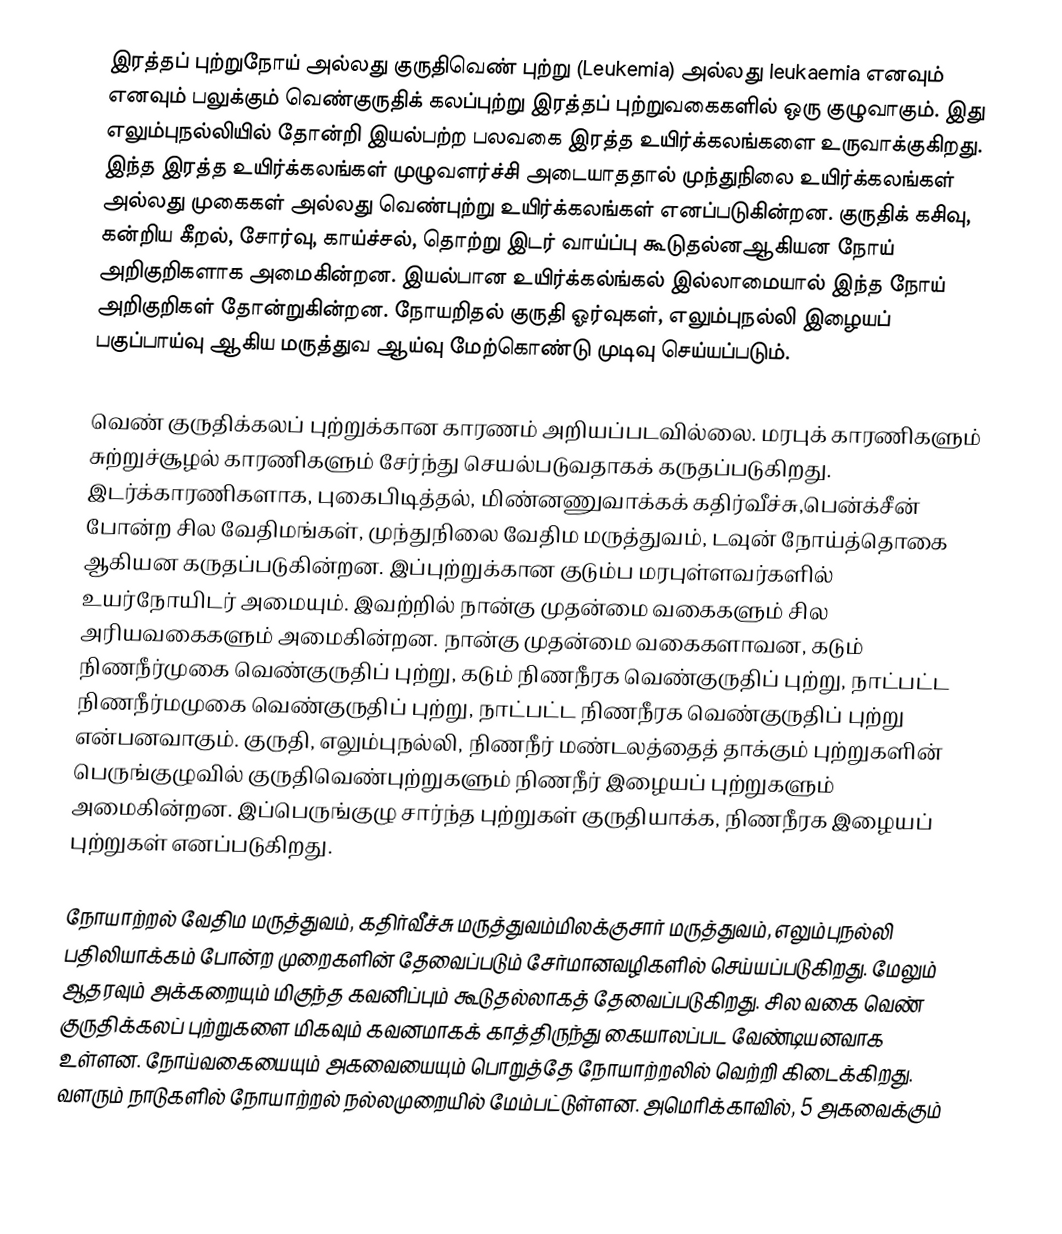
இரத்தப் புற்றுநோய் அல்லது குருதிவெண் புற்று (Leukemia) அல்லது leukaemia   எனவும்   எனவும் பலுக்கும் வெண்குருதிக் கலப்புற்று இரத்தப் புற்றுவகைகளில் ஒரு குழுவாகும்.  இது எலும்புநல்லியில் தோன்றி இயல்பற்ற பலவகை இரத்த உயிர்க்கலங்களை உருவாக்குகிறது. இந்த இரத்த உயிர்க்கலங்கள் முழுவளர்ச்சி அடையாததால் முந்துநிலை உயிர்க்கலங்கள் அல்லது முகைகள் அல்லது வெண்புற்று உயிர்க்கலங்கள் எனப்படுகின்றன. குருதிக் கசிவு, கன்றிய கீறல், சோர்வு, காய்ச்சல், தொற்று இடர் வாய்ப்பு கூடுதல்னஆகியன நோய் அறிகுறிகளாக அமைகின்றன.  இயல்பான உயிர்க்கல்ங்கல் இல்லாமையால் இந்த நோய் அறிகுறிகள் தோன்றுகின்றன. நோயறிதல் குருதி ஓர்வுகள்,  எலும்புநல்லி இழையப் பகுப்பாய்வு  ஆகிய மருத்துவ ஆய்வு மேற்கொண்டு முடிவு செய்யப்படும்.

வெண் குருதிக்கலப் புற்றுக்கான காரணம் அறியப்படவில்லை. மரபுக் காரணிகளும் சுற்றுச்சூழல் காரணிகளும் சேர்ந்து செயல்படுவதாகக் கருதப்படுகிறது.  இடர்க்காரணிகளாக,  புகைபிடித்தல், மிண்னணுவாக்கக் கதிர்வீச்சு,பென்க்சீன் போன்ற சில வேதிமங்கள், முந்துநிலை வேதிம மருத்துவம், டவுன் நோய்த்தொகை ஆகியன கருதப்படுகின்றன.  இப்புற்றுக்கான குடும்ப மரபுள்ளவர்களில் உயர்நோயிடர் அமையும். இவற்றில் நான்கு முதன்மை வகைகளும் சில அரியவகைகளும் அமைகின்றன.  நான்கு முதன்மை வகைகளாவன, கடும் நிணநீர்முகை வெண்குருதிப் புற்று, கடும் நிணநீரக  வெண்குருதிப் புற்று, நாட்பட்ட நிணநீர்மமுகை வெண்குருதிப் புற்று, நாட்பட்ட நிணநீரக வெண்குருதிப் புற்று என்பனவாகும். குருதி, எலும்புநல்லி, நிணநீர் மண்டலத்தைத் தாக்கும் புற்றுகளின் பெருங்குழுவில் குருதிவெண்புற்றுகளும் நிணநீர் இழையப் புற்றுகளும் அமைகின்றன. இப்பெருங்குழு சார்ந்த புற்றுகள்  குருதியாக்க, நிணநீரக இழையப் புற்றுகள் எனப்படுகிறது.

நோயாற்றல் வேதிம மருத்துவம், கதிர்வீச்சு மருத்துவம்மிலக்குசார் மருத்துவம், எலும்புநல்லி பதிலியாக்கம் போன்ற முறைகளின் தேவைப்படும் சேர்மானவழிகளில் செய்யப்படுகிறது. மேலும் ஆதரவும் அக்கறையும் மிகுந்த கவனிப்பும் கூடுதல்லாகத் தேவைப்படுகிறது.   சில வகை வெண் குருதிக்கலப் புற்றுகளை மிகவும் கவனமாகக் காத்திருந்து கையாலப்பட வேண்டியனவாக உள்ளன.  நோய்வகையையும் அகவையையும் பொறுத்தே நோயாற்றலில் வெற்றி கிடைக்கிறது. வளரும் நாடுகளில் நோயாற்றல் நல்லமுறையில் மேம்பட்டுள்ளன. அமெரிக்காவில், 5 அகவைக்கும்